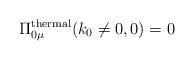
LaTeX: \begin{align*}\Pi_{0\mu}^{\rm thermal} (k_{0}\neq 0,0) = 0\end{align*}